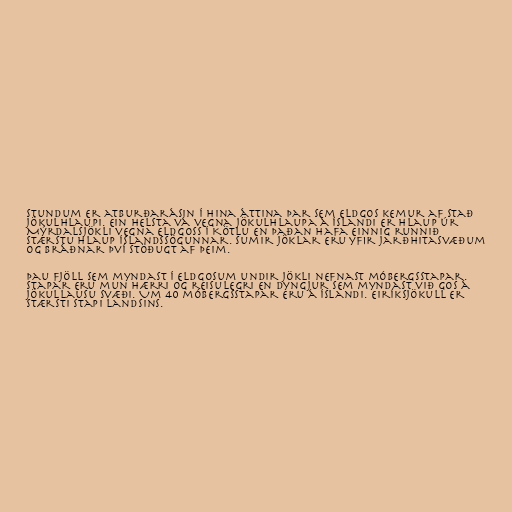
Stundum er atburðarásin í hina áttina þar sem eldgos kemur af stað
jökulhlaupi. Ein helsta vá vegna jökulhlaupa á Íslandi er hlaup úr
Mýrdalsjökli vegna eldgoss í Kötlu en þaðan hafa einnig runnið
stærstu hlaup Íslandssögunnar. Sumir jöklar eru yfir jarðhitasvæðum
og bráðnar því stöðugt af þeim.

Þau fjöll sem myndast í eldgosum undir jökli nefnast móbergsstapar.
Stapar eru mun hærri og reisulegri en dyngjur sem myndast við gos á
jökullausu svæði. Um 40 móbergsstapar eru á Íslandi. Eiríksjökull er
stærsti stapi landsins.